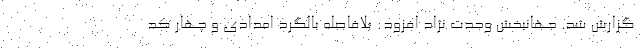
گزارش شد. جهانبخش وحدت نژاد افزود: بلافاصله بالگرد امدادی و چهار کد